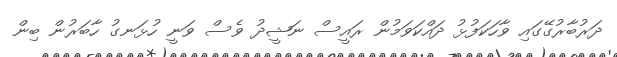
ދަރުބާރުގޭގައި ވާހަކަފުޅު ދައްކަވަމުން ރައީސް ނަޝީދު ވެސް ވަނީ ހުޅަނގު ހާބަރުން ބިން